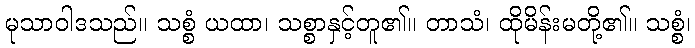
မုသာဝါဒသည်။ သစ္စံ ယထာ၊ သစ္စာနှင့်တူ၏။ တာသံ၊ ထိုမိန်းမတို့၏။ သစ္စံ၊